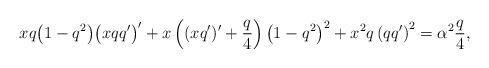
LaTeX: \begin{align*}xq\big(1-q^{2}\big)\big(xqq^{\prime}\big)^{\prime} + x\left( (xq^{\prime})^{\prime} + \frac{q}{4} \right)\big(1-q^{2}\big)^{2} + x^{2} q \left( qq^{\prime} \right)^{2} = \alpha^{2} \frac{q}{4},\end{align*}